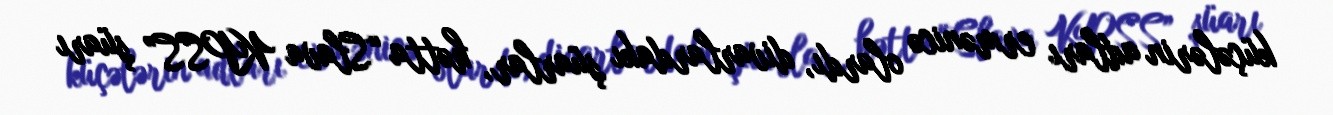
küçələrin adları ermənicə olardı, divarlardakı şüarlar, hətta “Slava KPSS” şüarı